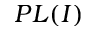
P L ( I )